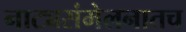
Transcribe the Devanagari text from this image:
नाट्यसंमेलनातच